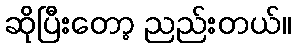
ဆိုပြီးတော့ ညည်းတယ်။